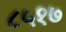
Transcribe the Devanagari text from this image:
८५१७